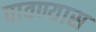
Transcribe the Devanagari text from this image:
पावण्यास